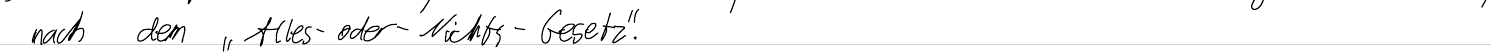
nach dem "Alles-oder-Nichts-Gesetz".